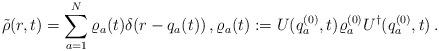
LaTeX: \begin{align*}\tilde\rho(r,t)=\sum_{a=1}^N\varrho_a(t)\delta(r-q_a(t))\,,\varrho_a(t):=U(q_a^{(0)},t)\varrho_a^{(0)}U^\dagger(q_a^{(0)},t)\,.\end{align*}